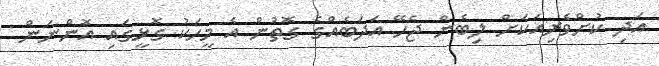
އަދި ކުށްވެރިއަކަށް ލިބެން ޖެހޭ އަދަބެއްގެ ގޮތުން އެ މީހަކު ގޮޅީގައި އޮންނަން